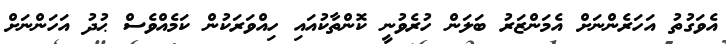
އެވަގުތު އަހަރެންނަށް އެމަންޒަރު ބަލަން ހުރެވުނީ ކޮންތާކުއައި ހިއްވަރަކުން ކަމެއްވެސް ޙުދު އަހަންނަށް